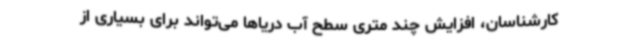
کارشناسان، افزایش چند متری سطح آب دریاها می‌تواند برای بسیاری از